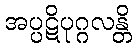
အပ္ပဋိပုဂ္ဂလန္တိ